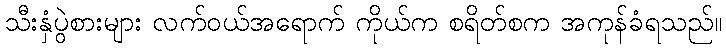
သီးနှံပွဲစားများ လက်ဝယ်အရောက် ကိုယ်က စရိတ်စက အကုန်ခံရသည်။